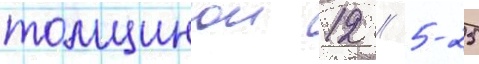
толщинои 12 / 5-25